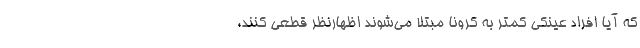
که آیا افراد عینکی کمتر به کرونا مبتلا می‌شوند اظهارنظر قطعی کنند،